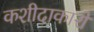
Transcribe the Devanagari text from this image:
कशीदाकारों